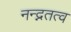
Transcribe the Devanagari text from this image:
नन्द्नतत्व